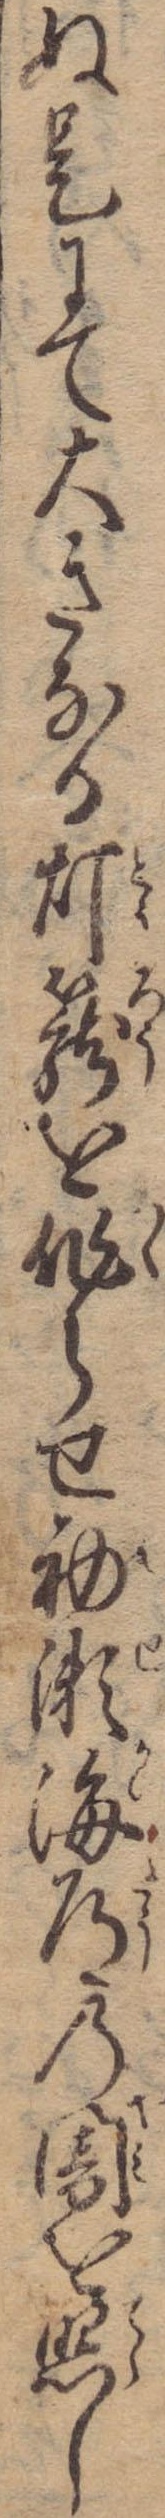
ぬ是にて大きなる灯篭を作らせ初瀬海道の闇を照し